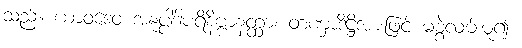
သည်။ ယာဝဒေဝ အနုပ္ပါဒါပရိနိဗ္ဗာနတ္ထာ၊ တဏှာဒိဋ္ဌိအားဖြင့် မစွဲလမ်းမူ၍